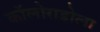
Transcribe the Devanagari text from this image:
कॉलोराडोला